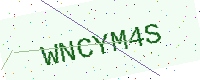
Text: WNCYM4S